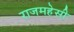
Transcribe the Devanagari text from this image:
राजमहेसी